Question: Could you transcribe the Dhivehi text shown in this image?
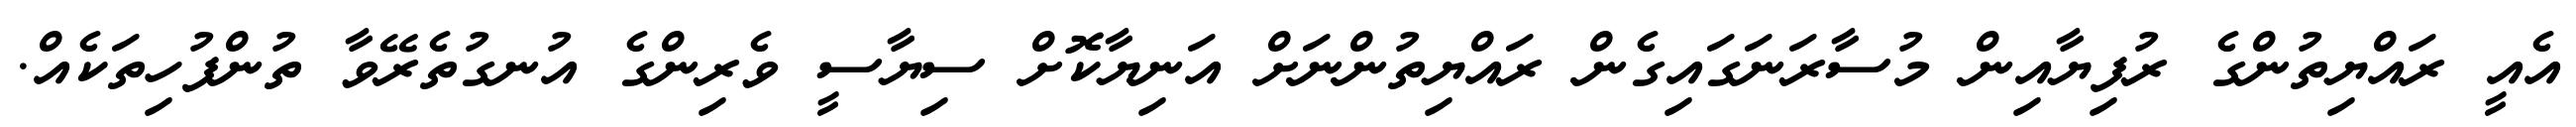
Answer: އެއީ ރައްޔިތުންގެ ރުފިޔާއިން މުސާރަނަގައިގެން ރައްޔިތުންނަށް އަނިޔާކޮށް ސިޔާސީ ވެރިންގެ އުނގުތެރޭވާ ތުންފުހިތަކެއް.